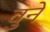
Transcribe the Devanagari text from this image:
वुने